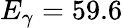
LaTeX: E_{\gamma}=59.6